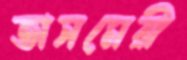
তাসমেরী